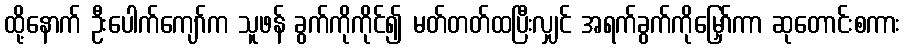
ထို့နောက် ဦးပေါက်ကျော်က သူဖန် ခွက်ကိုကိုင်၍ မတ်တတ်ထပြီးလျှင် အရက်ခွက်ကိုမြှော်ကာ ဆုတောင်းစကား